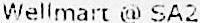
WELLMART @ SA2